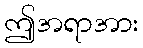
ဤအရာအား